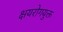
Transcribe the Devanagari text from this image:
क्षयरोगयुक्त